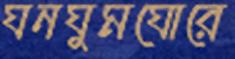
ঘনঘুমঘোরে